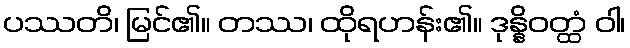
ပဿတိ၊ မြင်၏။ တဿ၊ ထိုရဟန်း၏။ ဒုန္နိဝတ္ထံ ဝါ၊